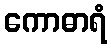
ကောဓာရံ